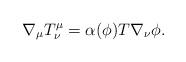
LaTeX: \begin{align*}\nabla_{\mu} T ^{\mu}_{\nu}=\alpha (\phi)T\nabla _{\nu} \phi .\end{align*}